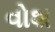
વોશ